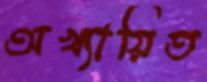
অখ্যায়িত